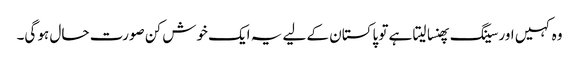
وہ کہیں اور سینگ پھنسا لیتا ہے تو پاکستان کے لیے یہ ایک خوش کن صورت حال ہو گی۔